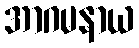
အာဂမနာယ